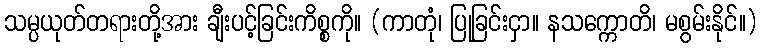
သမ္ပယုတ်တရားတို့အား ချီးပင့်ခြင်းကိစ္စကို။ (ကာတုံ၊ ပြုခြင်းငှာ။ နသက္ကောတိ၊ မစွမ်းနိုင်။)